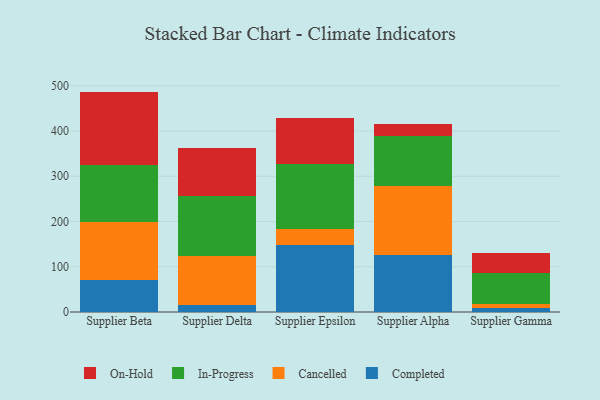
{"axis": {"x": "Supplier", "y": "Headcount"}, "legend": ["Cancelled", "Completed", "In-Progress", "On-Hold"], "data": [{"x": "Supplier Beta", "y": 70.1, "type": "Completed"}, {"x": "Supplier Beta", "y": 128.2, "type": "Cancelled"}, {"x": "Supplier Beta", "y": 126.1, "type": "In-Progress"}, {"x": "Supplier Beta", "y": 162.7, "type": "On-Hold"}, {"x": "Supplier Delta", "y": 15.3, "type": "Completed"}, {"x": "Supplier Delta", "y": 108.1, "type": "Cancelled"}, {"x": "Supplier Delta", "y": 133.4, "type": "In-Progress"}, {"x": "Supplier Delta", "y": 104.6, "type": "On-Hold"}, {"x": "Supplier Epsilon", "y": 147.1, "type": "Completed"}, {"x": "Supplier Epsilon", "y": 36.9, "type": "Cancelled"}, {"x": "Supplier Epsilon", "y": 144.2, "type": "In-Progress"}, {"x": "Supplier Epsilon", "y": 100.3, "type": "On-Hold"}, {"x": "Supplier Alpha", "y": 126.5, "type": "Completed"}, {"x": "Supplier Alpha", "y": 152.0, "type": "Cancelled"}, {"x": "Supplier Alpha", "y": 109.8, "type": "In-Progress"}, {"x": "Supplier Alpha", "y": 27.0, "type": "On-Hold"}, {"x": "Supplier Gamma", "y": 9.5, "type": "Completed"}, {"x": "Supplier Gamma", "y": 9.2, "type": "Cancelled"}, {"x": "Supplier Gamma", "y": 67.1, "type": "In-Progress"}, {"x": "Supplier Gamma", "y": 45.3, "type": "On-Hold"}]}